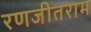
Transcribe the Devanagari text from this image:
रणजीतराम